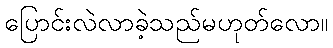
ပြောင်းလဲလာခဲ့သည်မဟုတ်လော။